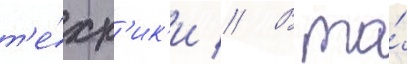
т'е́хн'ик'и // В то́